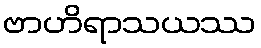
ဗာဟိရာသယဿ